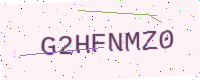
Text: G2HFNMZ0